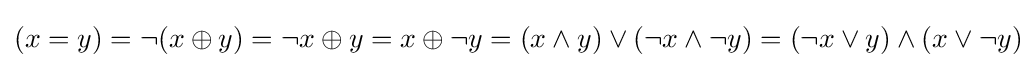
(x=y)=\lnot (x\oplus y)=\lnot x\oplus y=x\oplus \lnot y=(x\land y)\lor (\lnot x\land \lnot y)=(\lnot x\lor y)\land (x\lor \lnot y)